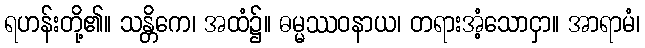
ရဟန်းတို့၏။ သန္တိကေ၊ အထံ၌။ ဓမ္မဿဝနာယ၊ တရားအံ့သောငှာ။ အာရာမံ၊